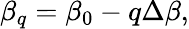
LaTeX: \beta_{q}=\beta_{0}-q\Delta\beta,